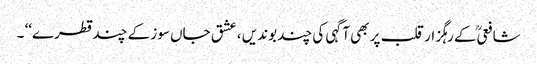
شافعیؒ کے رہگزار قلب پر بھی آگہی کی چند بوندیں ، عشق جاں سوز کے چند قطرے‘‘ ۔